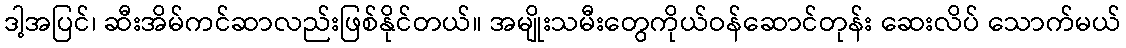
ဒါ့အပြင်၊ ဆီးအိမ်ကင်ဆာလည်းဖြစ်နိုင်တယ်။ အမျိုးသမီးတွေကိုယ်ဝန်ဆောင်တုန်း ဆေးလိပ် သောက်မယ်